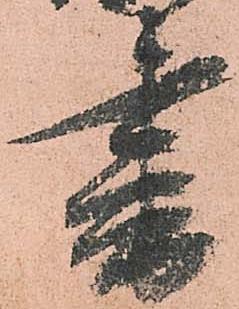
書